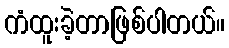
ကံထူးခဲ့တာဖြစ်ပါတယ်။